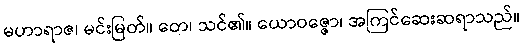
မဟာရာဇ၊ မင်းမြတ်။ တေ၊ သင်၏။ ယောဝဇ္ဇော၊ အကြင်ဆေးဆရာသည်။